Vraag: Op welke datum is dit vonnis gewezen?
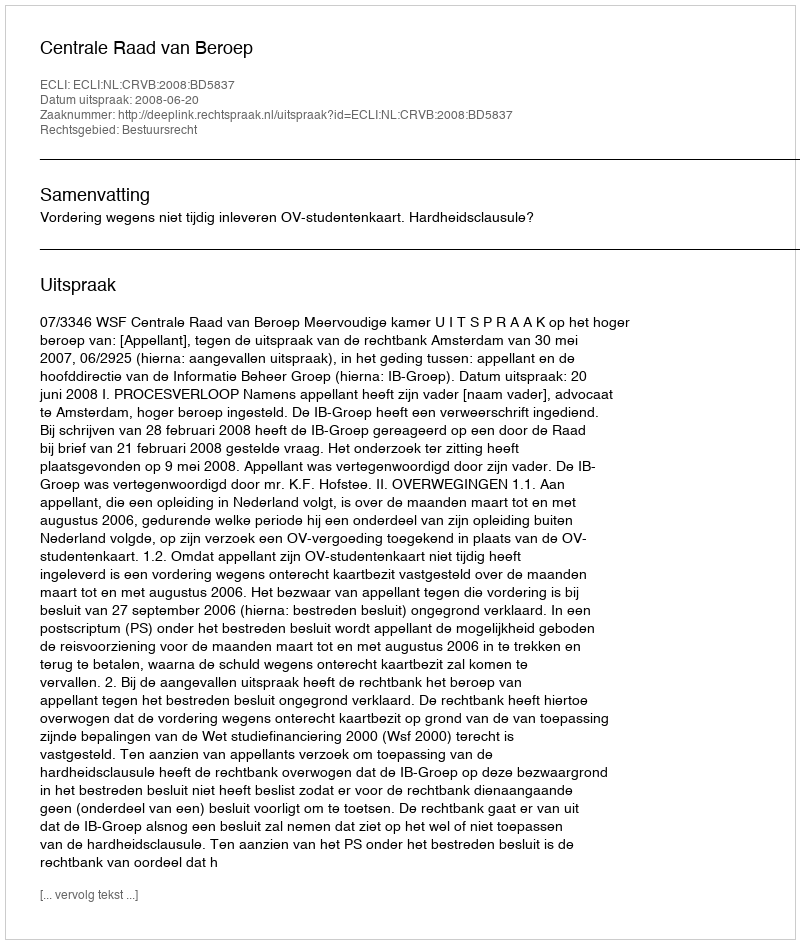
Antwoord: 2008-06-20